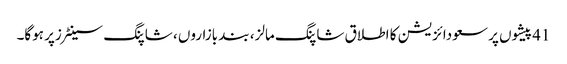
41پیشوں پر سعودائزیشن کا اطلاق شاپنگ مالز، بند بازاروں ، شاپنگ سینٹرزپر ہوگا۔